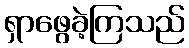
ရှာဖွေခဲ့ကြသည်